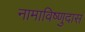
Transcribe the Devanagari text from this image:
नामाविष्णुदास